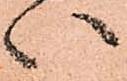
い